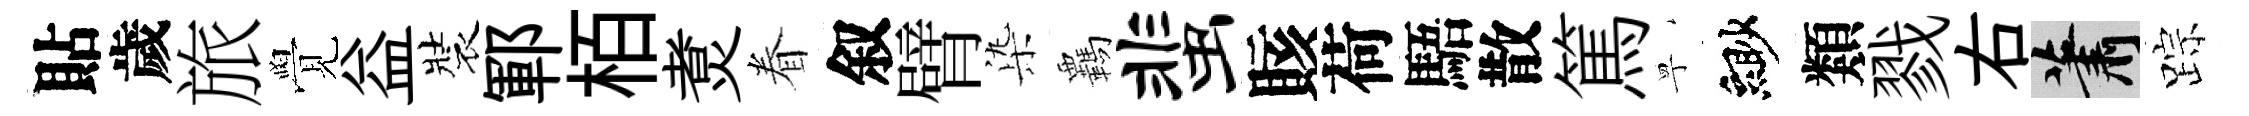
貼歲旅覺益裝鄆栢煑眷叙臂𣑱覊蜚賅荷䮏散篤寧緲類戮右蕭踪